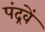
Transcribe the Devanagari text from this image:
पंद्रवें